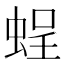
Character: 𧋸